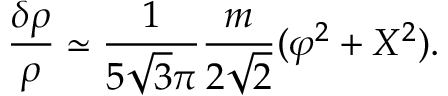
\frac { \delta \rho } { \rho } \simeq \frac { 1 } { 5 \sqrt { 3 } \pi } \frac { m } { 2 \sqrt { 2 } } ( \varphi ^ { 2 } + X ^ { 2 } ) .